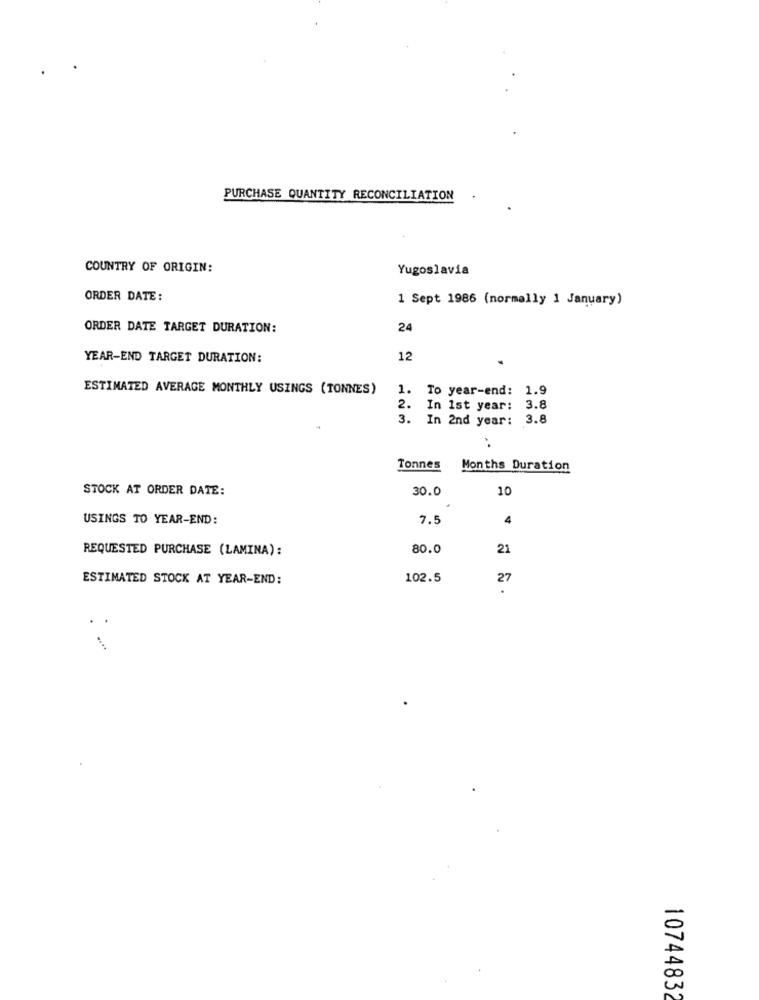
PURCHASE QUANTITY RECONCILIATION
COUNTRY OF ORIGIN:
Yugoslavia
ORDER DATE:
1 Sept 1986 (normally 1 January)
ORDER DATE TARGET DURATION:
24
YEAR-END TARGET DURATION:
12
ESTIMATED AVERAGE MONTHLY USINGS (TONNES)
1.
To year-end: 1.9
2.
In 1st year: 3.8
3.
In 2nd year:
3.8
Tonnes
Months Duration
STOCK AT ORDER DATE:
30.0
10
USINGS TO YEAR-END:
7.5
4
REQUESTED PURCHASE (LAMINA):
80.0
21
ESTIMATED STOCK AT YEAR-END:
102.5
27
.
10744832